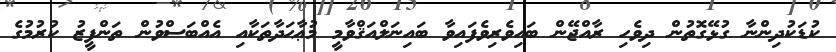
ކުޑަކުދިންނާ ގުޅޭގޮތުން ދިވެހި ރާއްޖޭން ބައިވެރިވެފައިވާ ބައިނަލްއަޤްވާމީ މުޢާޙަދާތަކާއި އެއްބަސްވުން ތަންފީޒު ކުރުމުގެ